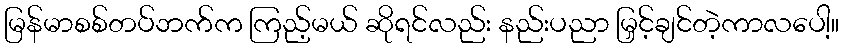
မြန်မာစစ်တပ်ဘက်က ကြည့်မယ် ဆိုရင်လည်း နည်းပညာ မြှင့်ချင်တဲ့ကာလပေါ့။